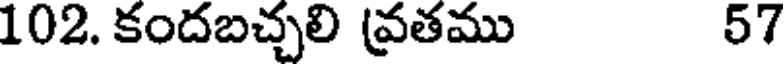
102. కందబచ్చలి వ్రతము 57